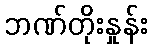
ဘဏ်တိုးနှုန်း